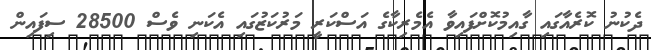
ދެކުނު ކޮރެއާގައި ގާއިމުކޮށްފައިވާ އެމެރިކާގެ އަސްކަރީ މަރުކަޒުގައި އެކަނި ވެސް 28500 ސިފައިން